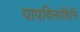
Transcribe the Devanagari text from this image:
पापविनाशिनि